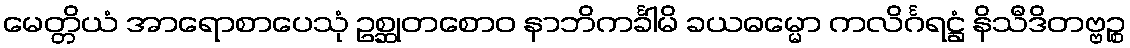
မေတ္တိယံ အာရောစာပေသုံ ဥစ္ဆုတစောဝ နာဘိကင်္ခါမိ ခယဓမ္မော ကလိင်္ဂရဋ္ဌံ နိသီဒိတဗ္ဗဉ္စ